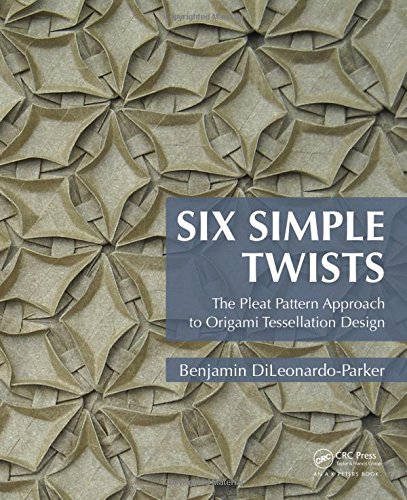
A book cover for Six Simple Twists: The Pleat Pattern Approach to Origami Tessellation Design; Benjamin DiLeonardo-Parker; Humor & Entertainment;